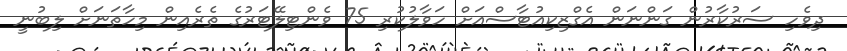
ދިވެހި ސަރުކާރުން ގަންނަން އެގްޒިކިއުޓާސްއަށް ހަވާލުކުރި 75 ވެންޓިލޭޓަރުގެ ތެރެއިން މިހާތަނަށް ލިބުނީ